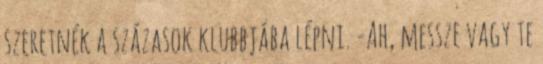
szeretnék a százasok klubbjába lépni. -Ah, messze vagy te